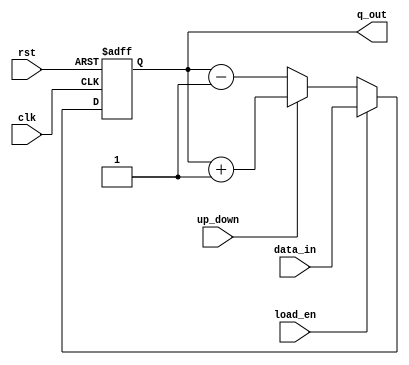
// 3 bit updown counter with reset and load enable

module up_down(clk,rst,data_in,load_en,up_down,q_out);
input clk,rst,load_en,up_down;
input [2:0] data_in;
output reg [2:0] q_out;

always @(posedge clk or negedge rst) begin 
	if(~rst) q_out<=3'b000;
	else if(load_en) q_out<=data_in;
	else 
		if(up_down) q_out=q_out+1;
		else q_out=q_out-1;
end

endmodule